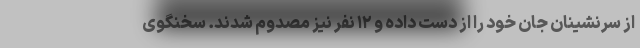
از سرنشینان جان خود را از دست داده و ١٢ نفر نیز مصدوم شدند. سخنگوی